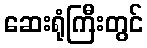
ဆေးရုံကြီးတွင်